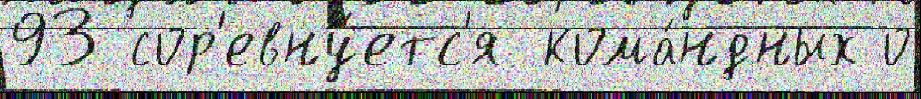
93 сор'евну́етс'я кома́ндных о